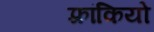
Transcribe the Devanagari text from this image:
फ़्रांकियो